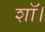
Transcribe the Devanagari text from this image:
शॉ।